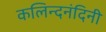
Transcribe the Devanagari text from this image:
कलिन्दनंदिनी